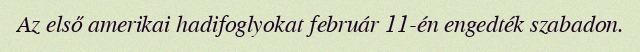
Az első amerikai hadifoglyokat február 11-én engedték szabadon.